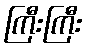
ကြီးကြီး